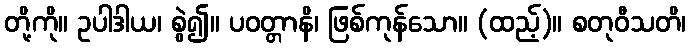
တို့ကို။ ဥပါဒါယ၊ စွဲ၍။ ပဝတ္တာနိ၊ ဖြစ်ကုန်သော။ (ထည့်)။ စတုဝီသတိ၊